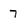
Character: 7